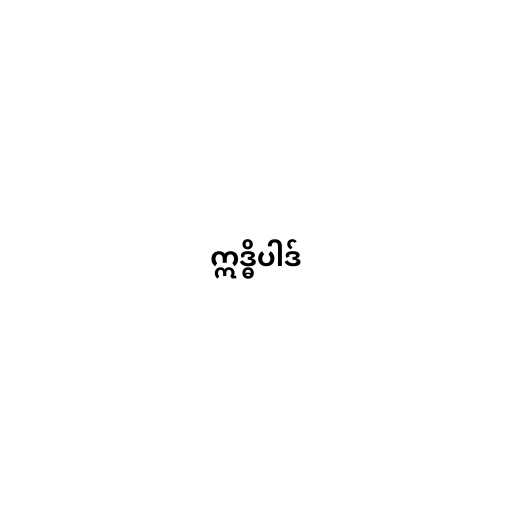
ဣဒ္ဓိပါဒ်